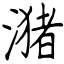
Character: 潴